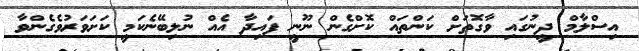
އިސްލާމް ދީނުގައި ވާގޮތަށް ކަންތައް ކޮށްގެން ނޫނީ ފައިދާ އެއް ނުލިބޭނެކަމީ ކަށަވަރުވެގެންވާ